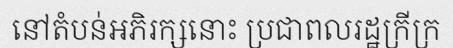
នៅតំបន់អភិរក្សនោះ ប្រជាពលរដ្ឋក្រីក្រ